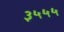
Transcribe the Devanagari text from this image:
३५५५